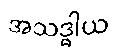
အသဒ္ဓါယ